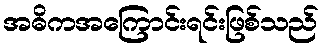
အဓိကအကြောင်းရင်းဖြစ်သည်